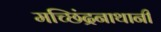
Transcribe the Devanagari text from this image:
मच्छिंद्रनाथानी